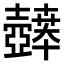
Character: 𫯉